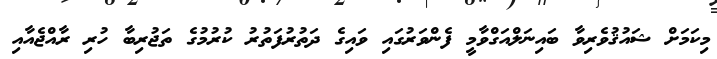
މިކަމަށް ޝައުޤުވެރިވާ ބައިނަލްއަގްވާމީ ފެންވަރުގައި ވައިގެ ދަތުރުފަތުރު ކުރުމުގެ ތަޖުރިބާ ހުރި ރާއްޖެއާއި